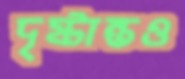
দৃষ্টান্তও